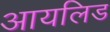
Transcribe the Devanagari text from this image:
आयलिड